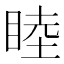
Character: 睦